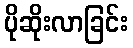
ပိုဆိုးလာခြင်း